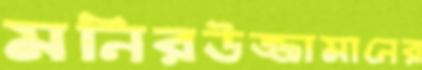
মনিরউজ্জামানের